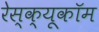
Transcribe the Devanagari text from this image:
रेस्क्यूकॉम